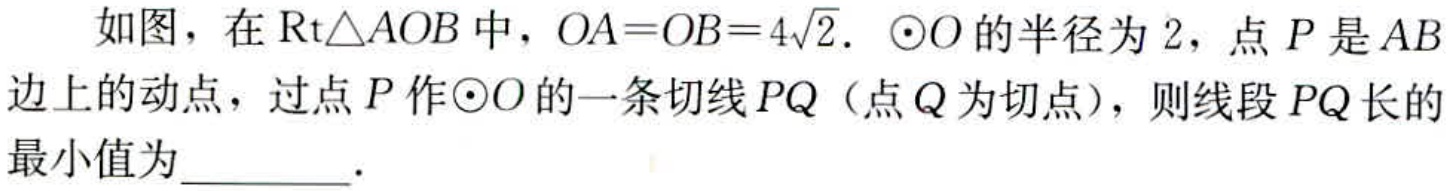
如图，在$\text{Rt}\triangle AOB$中，$OA = OB = 4\sqrt{2}$. $\odot O$的半径为$2$，点$P$是$AB$边上的动点，过点$P$作$\odot O$的一条切线$PQ$（点$Q$为切点），则线段$PQ$长的最小值为  .